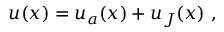
\boldsymbol { u } ( \boldsymbol { x } ) = \boldsymbol { u } _ { a } ( \boldsymbol { x } ) + \boldsymbol { u } _ { J } ( \boldsymbol { x } ) \ ,